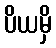
ပိယမှိ